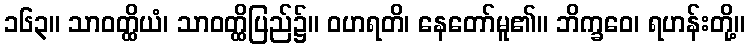
၁၆၃။ သာဝတ္ထိယံ၊ သာဝတ္ထိပြည်၌။ ဝဟရတိ၊ နေတော်မူ၏။ ဘိက္ခဝေ၊ ရဟန်းတို့။